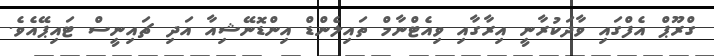
ގްރޫޕް އެފްގައި ވާދަކުރާނީ އިރާގާއި ވިއެޓްނާމް ތައިލެންޑް އިންޑޮނޭޝިއާ އަދި ޗައިނީސް ޓައިޕޭއެވެ.